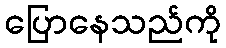
ပြောနေသည်ကို